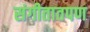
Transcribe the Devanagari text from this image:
संगीतातपण